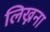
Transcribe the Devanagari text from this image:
लिख्नना